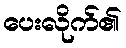
ပေးလိုက်၏